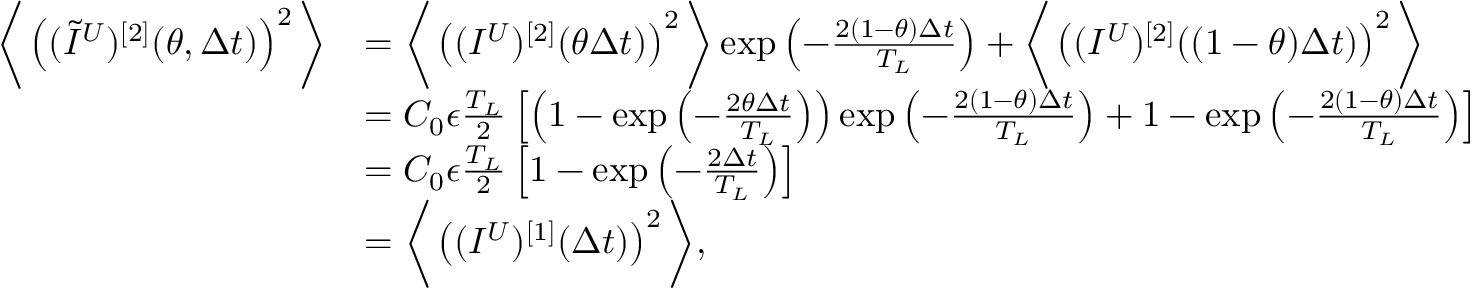
\begin{array} { r l } { \bigg \langle \left( ( \widetilde { I } ^ { U } ) ^ { [ 2 ] } ( \theta , \Delta t ) \right) ^ { 2 } \bigg \rangle } & { = \bigg \langle \left( ( I ^ { U } ) ^ { [ 2 ] } ( \theta \Delta t ) \right) ^ { 2 } \bigg \rangle \exp \left( - \frac { 2 ( 1 - \theta ) \Delta t } { T _ { L } } \right) + \bigg \langle \left( ( I ^ { U } ) ^ { [ 2 ] } ( ( 1 - \theta ) \Delta t ) \right) ^ { 2 } \bigg \rangle } \\ & { = C _ { 0 } \epsilon \frac { T _ { L } } { 2 } \left[ \left( 1 - \exp \left( - \frac { 2 \theta \Delta t } { T _ { L } } \right) \right) \exp \left( - \frac { 2 ( 1 - \theta ) \Delta t } { T _ { L } } \right) + 1 - \exp \left( - \frac { 2 ( 1 - \theta ) \Delta t } { T _ { L } } \right) \right] } \\ & { = C _ { 0 } \epsilon \frac { T _ { L } } { 2 } \left[ 1 - \exp \left( - \frac { 2 \Delta t } { T _ { L } } \right) \right] } \\ & { = \bigg \langle \left( ( I ^ { U } ) ^ { [ 1 ] } ( \Delta t ) \right) ^ { 2 } \bigg \rangle , } \end{array}